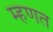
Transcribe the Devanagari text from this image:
म्‍हणत